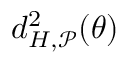
d _ { H , \mathcal { P } } ^ { 2 } ( \theta )